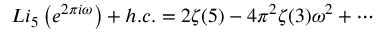
L i _ { 5 } \left( e ^ { 2 \pi i \omega } \right) + h . c . = 2 \zeta ( 5 ) - 4 \pi ^ { 2 } \zeta ( 3 ) \omega ^ { 2 } + \cdots